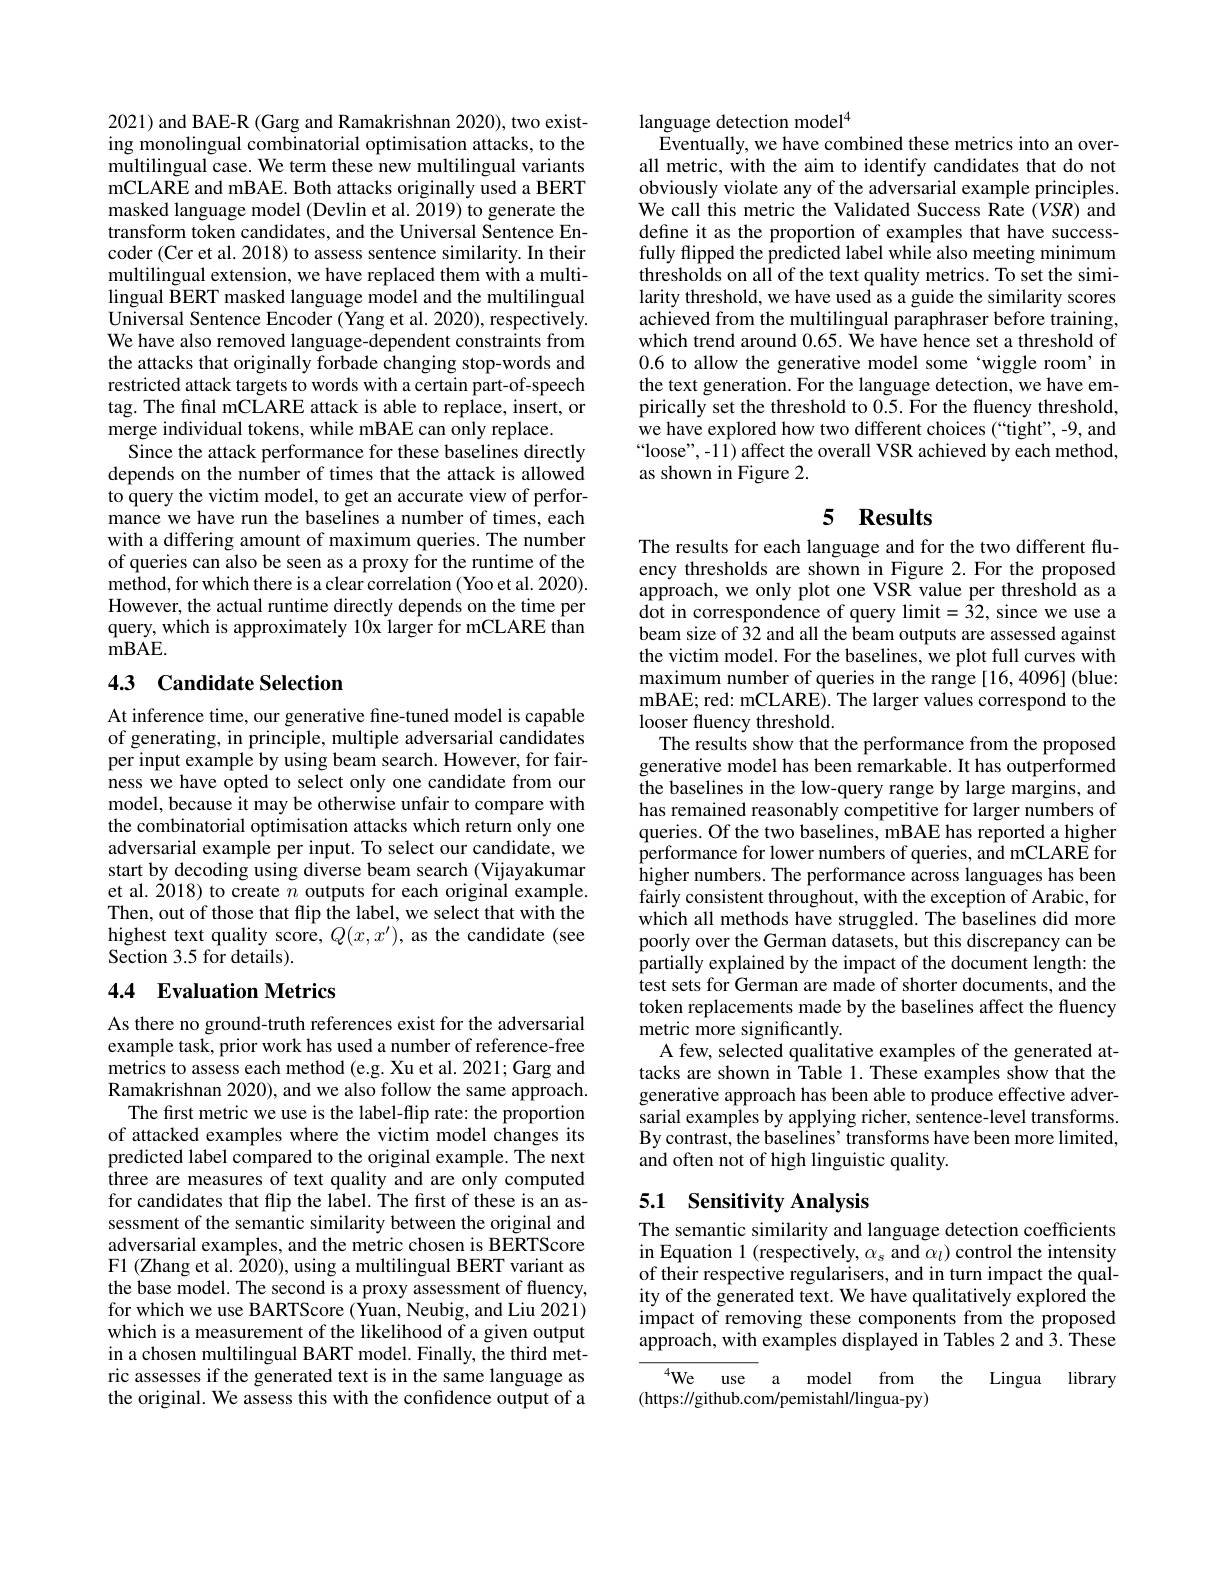
2021) and BAE-R (Garg and Ramakrishnan 2020), two existing monolingual combinatorial optimisation attacks, to the multilingual case. We term these new multilingual variants mCLARE and mBAE. Both attacks originally used a BERT masked language model (Devlin et al. 2019) to generate the transform token candidates, and the Universal Sentence Encoder (Cer et al. 2018) to assess sentence similarity. In their multilingual extension, we have replaced them with a multilingual BERT masked language model and the multilingual Universal Sentence Encoder (Yang et al. 2020), respectively. We have also removed language-dependent constraints from the attacks that originally forbade changing stop-words and restricted attack targets to words with a certain part-of-speech tag. The final mCLARE attack is able to replace, insert, or merge individual tokens, while mBAE can only replace.
Since the attack performance for these baselines directly depends on the number of times that the attack is allowed to query the victim model, to get an accurate view of performance we have run the baselines a number of times, each with a differing amount of maximum queries. The number of queries can also be seen as a proxy for the runtime of the method, for which there is a clear correlation ( Yoo et al. 2020). However, the actual runtime directly depends on the time per query, which is approximately 10x larger for mCLARE than $mBAE.$
4.3 Candidate Selection

At inference time, our generative fine-tuned model is capable of generating, in principle, multiple adversarial candidates per input example by using beam search. However, for fairness we have opted to select only one candidate from our model, because it may be otherwise unfair to compare with the combinatorial optimisation attacks which return only one adversarial example per input. To select our candidate, we start by decoding using diverse beam search (Vijayakumar et al. 2018) to create $n$ outputs for each original example. Then, out of those that flip the label, we select that with the highest text quality score, $Q(x,x^{\prime})$, as the candidate (see Section 3.5 for details).

## 4.4 Evaluation Metrics

As there no ground-truth references exist for the adversarial example task, prior work has used a number of reference-free metrics to assess each method (e.g. Xu et al. 2021; Garg and Ramakrishnan 2020), and we also follow the same approach. The first metric we use is the label-flip rate: the proportion of attacked examples where the victim model changes its predicted label compared to the original example. The next three are measures of text quality and are only computed for candidates that flip the label. The first of these is an assessment of the semantic similarity between the original and adversarial examples, and the metric chosen is BERTScore F1 (Zhang et al. 2020), using a multilingual BERT variant as the base model. The second is a proxy assessment of fluency, for which we use BARTScore (Yuan, Neubig, and Liu 2021) which is a measurement of the likelihood of a given output in a chosen multilingual BART model. Finally, the third metric assesses if the generated text is in the same language as the original. We assess this with the confidence output of a

language detection model$^{4}$
Eventually, we have combined these metrics into an over-

all metric, with the aim to identify candidates that do not obviously violate any of the adversarial example principles. We call this metric the Validated Success Rate $(VSR)$ and define it as the proportion of examples that have successfully flipped the predicted label while also meeting minimum thresholds on all of the text quality metrics. To set the similarity threshold, we have used as a guide the similarity scores achieved from the multilingual paraphraser before training, which trend around 0.65. We have hence set a threshold of 0.6 to allow the generative model some 'wiggle room'in the text generation. For the language detection, we have empirically set the threshold to 0.5. For the fluency threshold, we have explored how two different choices (“tight”,-9, and “loose”, -11) affect the overall VSR achieved by each method, as shown in Figure 2.

## 5 Results

The results for each language and for the two different fluency thresholds are shown in Figure 2.For the proposed approach, we only plot one VSR value per threshold as a dot in correspondence of query limit$=\bar{3}2$, since we use a beam size of 32 and all the beam outputs are assessed against the victim model. For the baselines, we plot full curves with maximum number of queries in the range[16,4096] (blue: mBAE; red: mCLARE). The larger values correspond to the looser fluency threshold.
The results show that the performance from the proposed generative model has been remarkable. It has outperformed the baselines in the low-query range by large margins, and has remained reasonably competitive for larger numbers of queries. Of the two baselines, mBAE has reported a higher performance for lower numbers of queries, and mCLARE for higher numbers. The performance across languages has been fairly consistent throughout, with the exception of Arabic, for which all methods have struggled. The baselines did more poorly over the German datasets, but this discrepancy can be partially explained by the impact of the document length: the test sets for German are made of shorter documents, and the token replacements made by the baselines affect the fluency metric more significantly.
A few, selected qualitative examples of the generated attacks are shown in Table 1. These examples show that the generative approach has been able to produce effective adversarial examples by applying richer, sentence-level transforms. By contrast, the baselines' transforms have been more limited, and often not of high linguistic quality.

## 5.1 Sensitivity Analysis

The semantic similarity and language detection coefficients in Equation 1 (respectively, $\alpha_s$ and $\alpha_l)$ control the intensity of their respective regularisers, and in turn impact the quality of the generated text. We have qualitatively explored the impact of removing these components from the proposed approach, with examples displayed in Tables 2 and 3. These

$^{4}$We use a model from the Lingua library
(https://github.com/pemistahl/lingua-py)